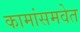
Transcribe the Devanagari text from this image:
कामांसमवेत